Report of the Municipal Commissioner on the plague in Bombay for the year ending 31st May... - Volume 1
Disease focus: Plague
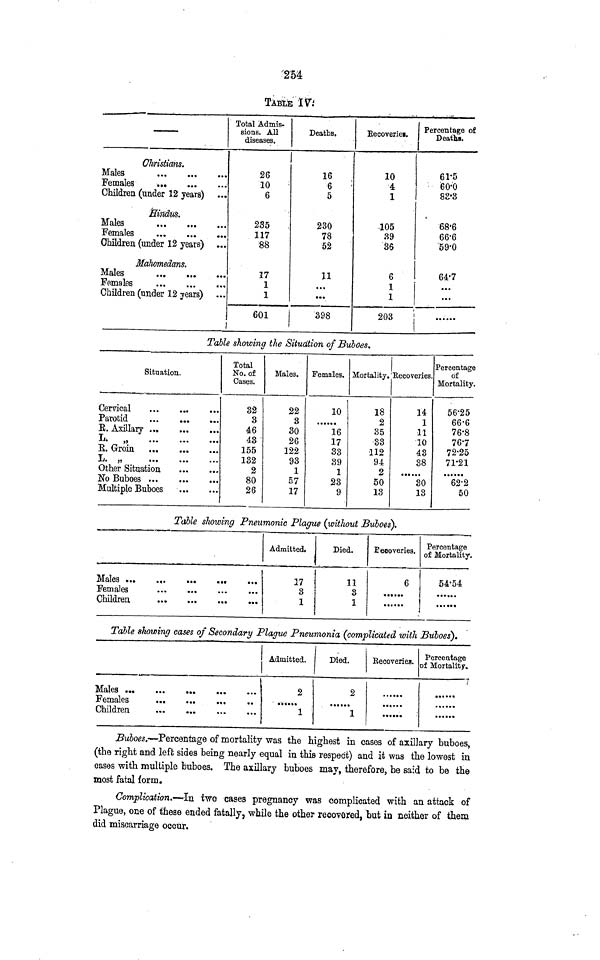
254
TABLE IV.
Christians.
Males
Females
Children (under 12 years)
Hindus.
Males
Females
Children (under 12
years)
Mahomedans.
Males
Females
Children (under 12 years)
Total Admis-
sions. All
diseases.
26
10
6
235
117
88
17
1
1
601
Deaths.
16
6
5
230
78
52
11
398
Recoveries.
10
4
1
105
39
36
6
1
1
203
Percentage of
Deaths.
61·5
60·0
83·3
68·6
66·6
59·0
64·7
Table showing the Situation of Buboes,
Situation.
Cervical
Parotid
E. Axillary
L. „
R. Groin
L. „
Other
Situation
No Buboes
Multiple Buboes
Total
No. of
Cases.
32
3
46
43
155
132
2
80
26
Males.
22
3
30
26
122
93
1
57
17
Females.
10
16
17
33
39
1
23
9
Mortality.
18
2
35
33
112
94
2
50
13
Recoveries.
14
1
11
10
43
38
30
13
Percentage
of
Mortality.
56·25
66·6
76·8
76·7
72·25
71·21
62·2
50
Table showing Pneumonic Plague (without Buboes).
Females
Admitted.
17
3
1
Died.
11
3
1
Recoveries.
6
Percentage
of Mortality.
54·54
Table showing cases of Secondary Plague Pneumonia (complicated with Buboes).
Children
Admitted.
2
1
Died.
2
1
Recoveries.
Percentage
of Mortality.
Buboes.—Percentage of mortality was the highest in cases of axillary buboes,
(the right and left sides being nearly equal in this respect) and it was the lowest in
cases with multiple buboes. The axillary buboes may, therefore, be said to be the
most fatal form.
Complication.—In two cases pregnancy was complicated with an attack of
Plague, one of these ended fatally, while the other recovered, but in neither of them
did miscarriage occur.